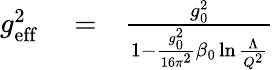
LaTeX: \begin{array}{rlr}{g_{\mathrm{eff}}^{2}}&{{}=}&{{\frac{g_{0}^{2}}{1-{\frac{g_{0}^{2}}{16\pi^{2}}}\beta_{0}\ln{\frac{\Lambda}{Q^{2}}}}}}\end{array}